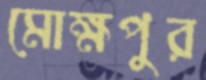
মোক্ষপুর